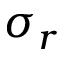
\sigma _ { r }